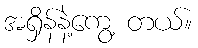
အရှိန်နဲ့ကွေ့ တယ်။